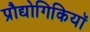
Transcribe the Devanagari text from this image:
प्रौद्योगिकियॉ